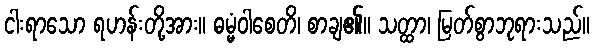
ငါးရာသော ရဟန်းတို့အား။ ဓမ္မံဝါစေတိ၊ စာချ၏။ သတ္ထာ၊ မြတ်စွာဘုရားသည်။